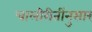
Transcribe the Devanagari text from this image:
चालीरीतींनुसार